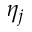
\eta _ { j }